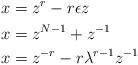
LaTeX: \begin{align*}x & =z^{r}- r\epsilon z & \\ x & = z^{N-1}+ z^{-1} & \\ x & = z^{-r} - r\lambda^{r-1} z^{-1} & \end{align*}